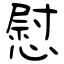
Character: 慰